Vabadussoja_Ajaloo_Komitee, lk 14
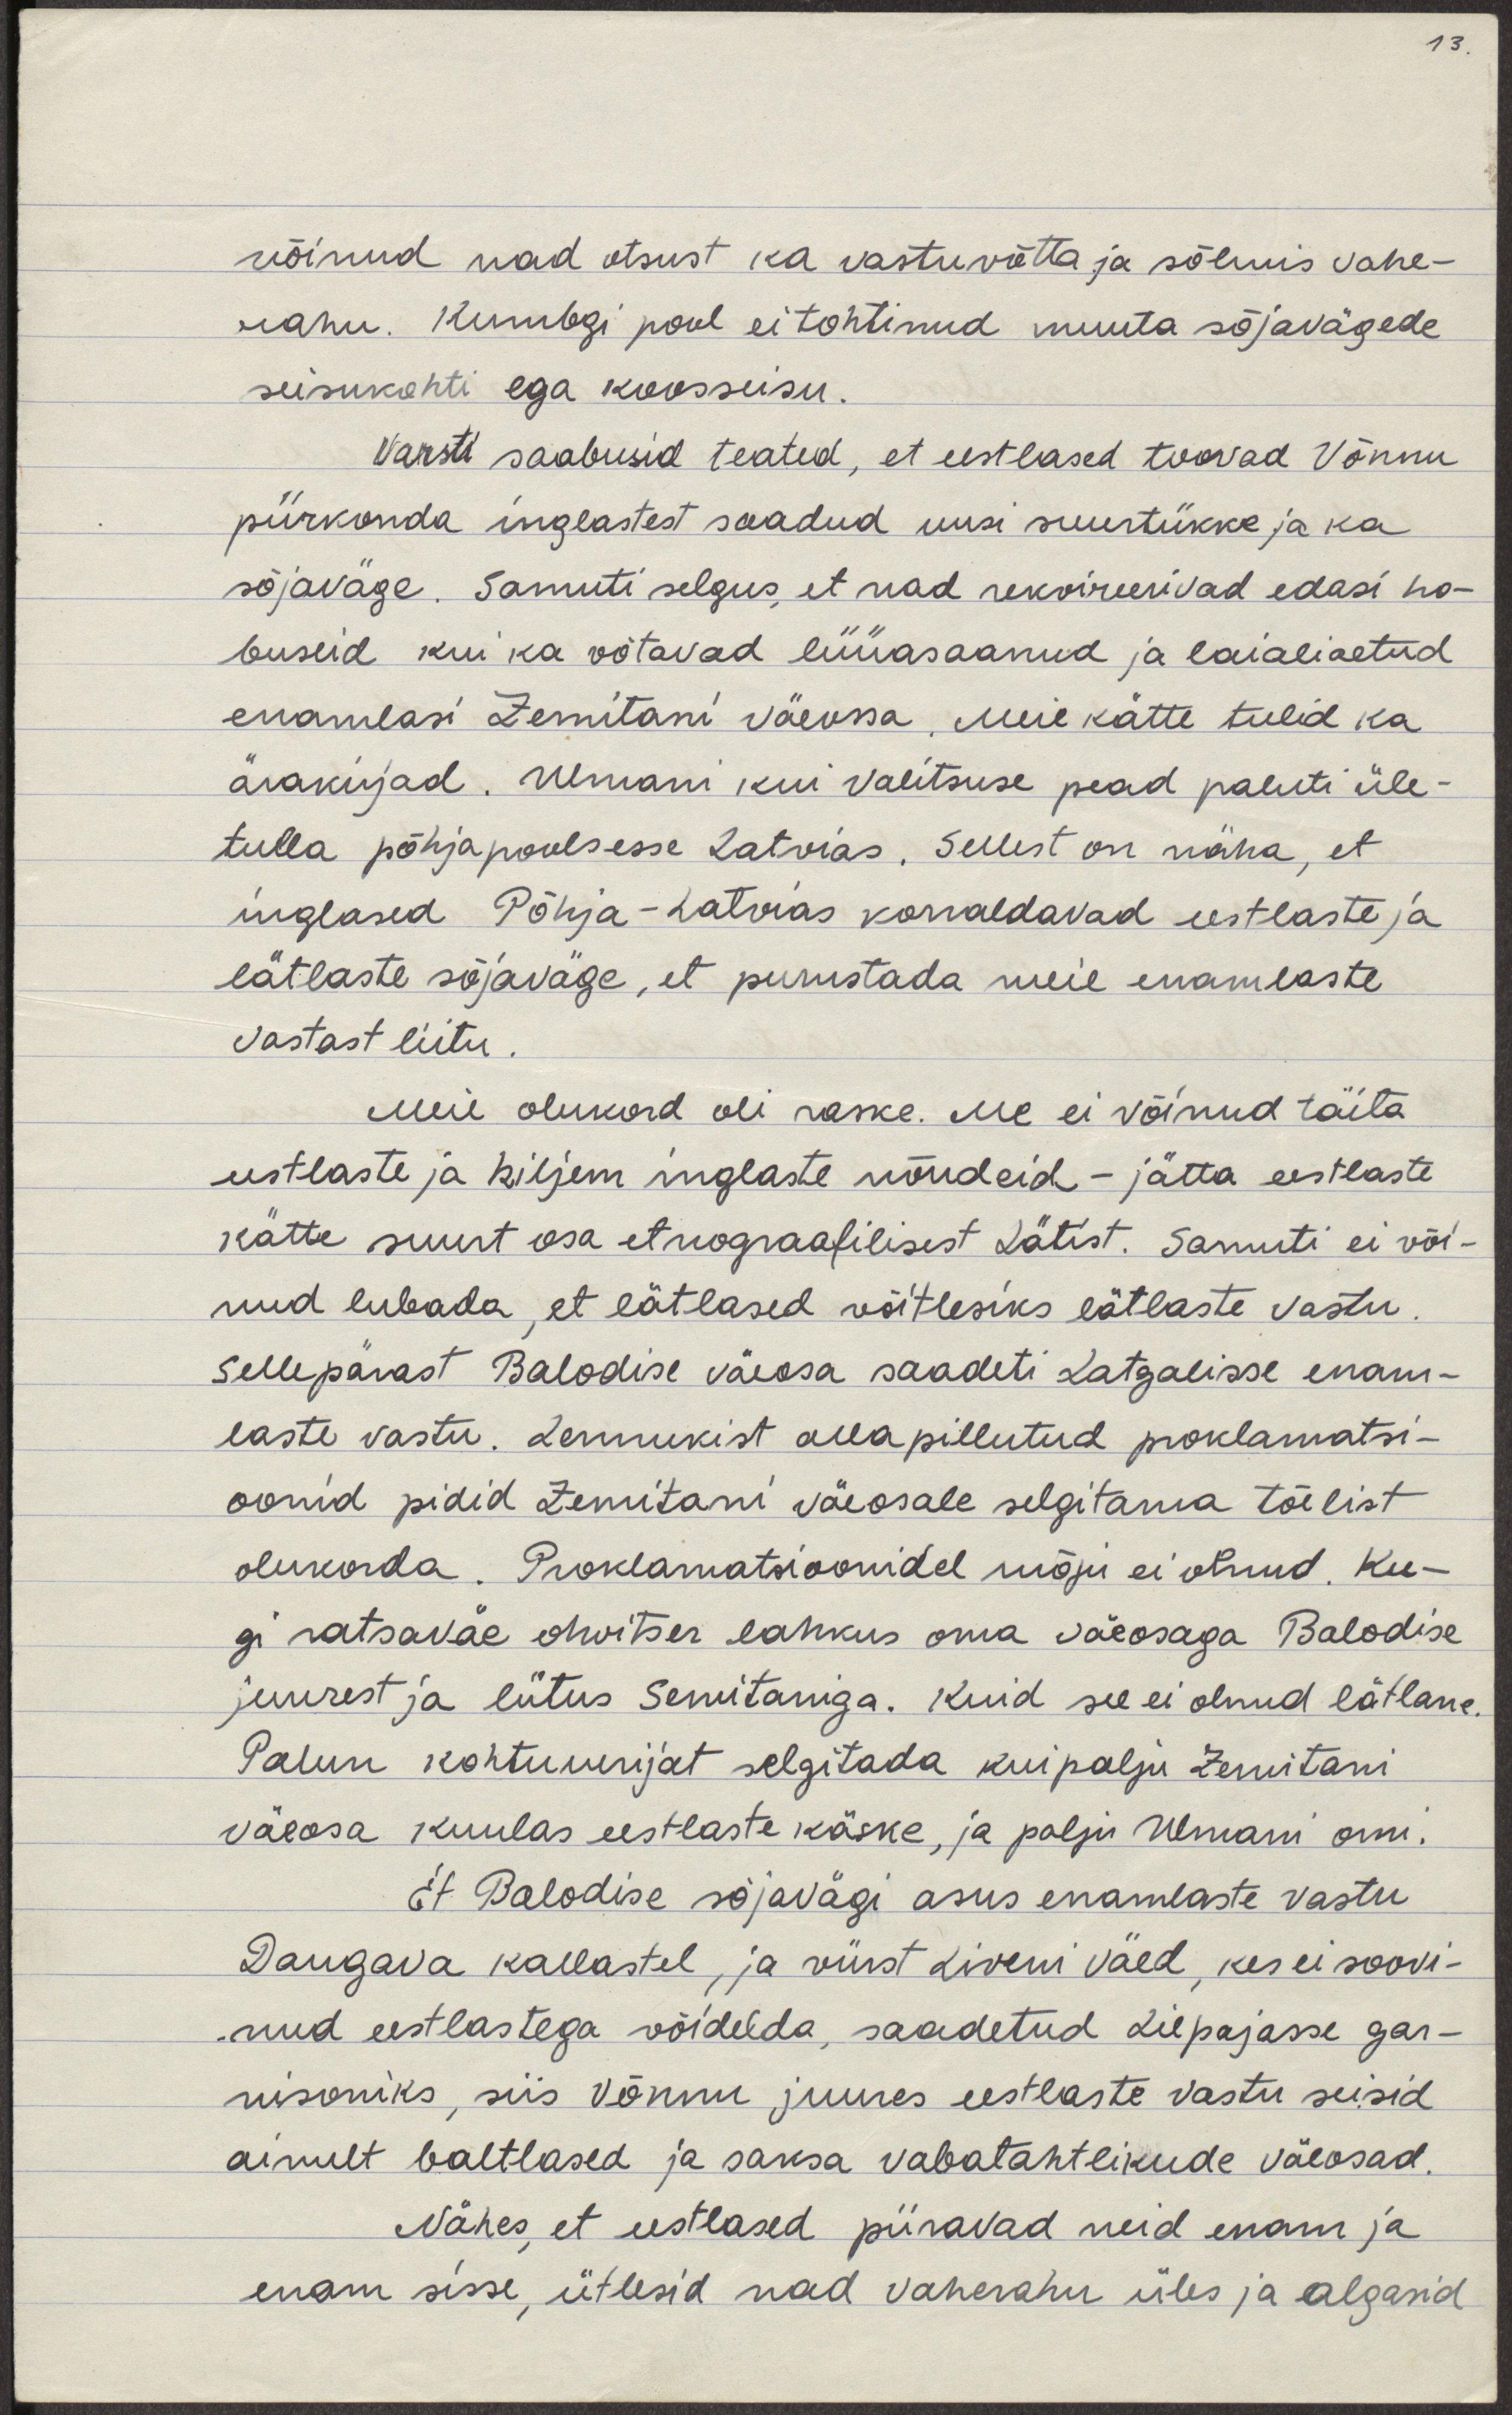
võinud nad otsust ka vastuvõtta ja sõlmis vahe-
rahu. Kumbki pool ei tohtinud muuta sõjavägede
seisukohti ega koosseisu.
Varsti saabusid teated, et eestlased toovad Võnnu
piirkonda inglastest saadud uusi suurtükke ja ka
sõjaväge. Samuti selgus, et nad rekvireerivad edasi ho-
buseid kui ka võtavad lüüasaanud ja laialiaetud
enamlasi Zemitani väeossa. Meie kätte tulid ka
ärakirjad. Ulmani kui valitsuse pead paluti üle-
tulla põhjapoolsesse Latvias. Sellest on näha, et
inglased Põhja-Latvias korraldavad eestlaste ja
lätlaste sõjaväge, et purustada meie enamlaste
vastast liitu.
Meie olukord oli raske. Me ei võinud täita
eestlaste ja hiljem inglaste nõudeid - jätta eestlaste
kätte suurt osa etnograafilisest Lätist. Samuti ei või-
nud lubada, et lätlased võitleksid lätlaste vastu.
Sellepärast Balodise väeosa saadeti Latgalisse enam-
laste vastu. Lennukist alla pillutud proklamatsi-
oonid pidid Zemitani väeosale selgitama tõelist
olukorda. Proklamatsioonidel mõju ei olnud. Kee-
gi ratsaväe ohvitser lahkus oma väeosaga Balodise
juurest ja liitus Semitaniga. Kuid see ei olnud lätlane.
Palun kohtuuurijat selgitada, kui palju Zemitani
väeosa kuulas eestlaste käske, ja palju Ulmani omi.
Et Balodise sõjavägi asus enamlaste vastu
Daugava kallastel, ja vürst Liveni väed, kes ei soovi-
nud eestlastega võidelda, saadetud Liepajasse gar-
nisoniks, siis Võnnu juures eestlaste vastu seisid
ainult baltlased ja saksa vabatahtlikud väeosad.
Nähes, et eestlased piiravad neid enam ja 
enam sisse, ütlesid nad vaherahu üles ja algasid